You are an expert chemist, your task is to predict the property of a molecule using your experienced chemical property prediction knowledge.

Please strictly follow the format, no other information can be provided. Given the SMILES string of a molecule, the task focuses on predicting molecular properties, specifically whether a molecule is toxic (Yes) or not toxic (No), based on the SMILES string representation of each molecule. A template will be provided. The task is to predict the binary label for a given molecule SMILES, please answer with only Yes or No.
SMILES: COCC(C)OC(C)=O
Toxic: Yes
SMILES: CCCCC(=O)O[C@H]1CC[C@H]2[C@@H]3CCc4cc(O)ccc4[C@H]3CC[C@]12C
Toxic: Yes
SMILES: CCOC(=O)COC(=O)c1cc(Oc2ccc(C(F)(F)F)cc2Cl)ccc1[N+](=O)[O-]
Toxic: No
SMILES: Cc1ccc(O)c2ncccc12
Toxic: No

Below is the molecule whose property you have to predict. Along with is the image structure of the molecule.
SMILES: C=C(C)C(=O)OCCOP(=O)(O)OCCOC(=O)C(=C)C
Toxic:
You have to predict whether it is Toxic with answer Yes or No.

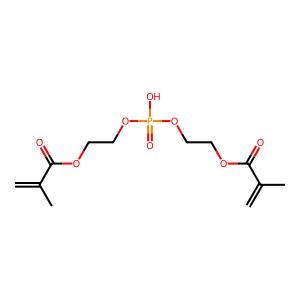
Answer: No